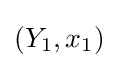
(Y_{1},x_{1})